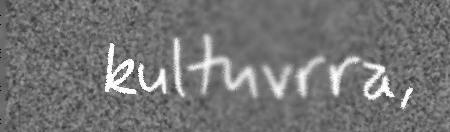
kultuvrra,